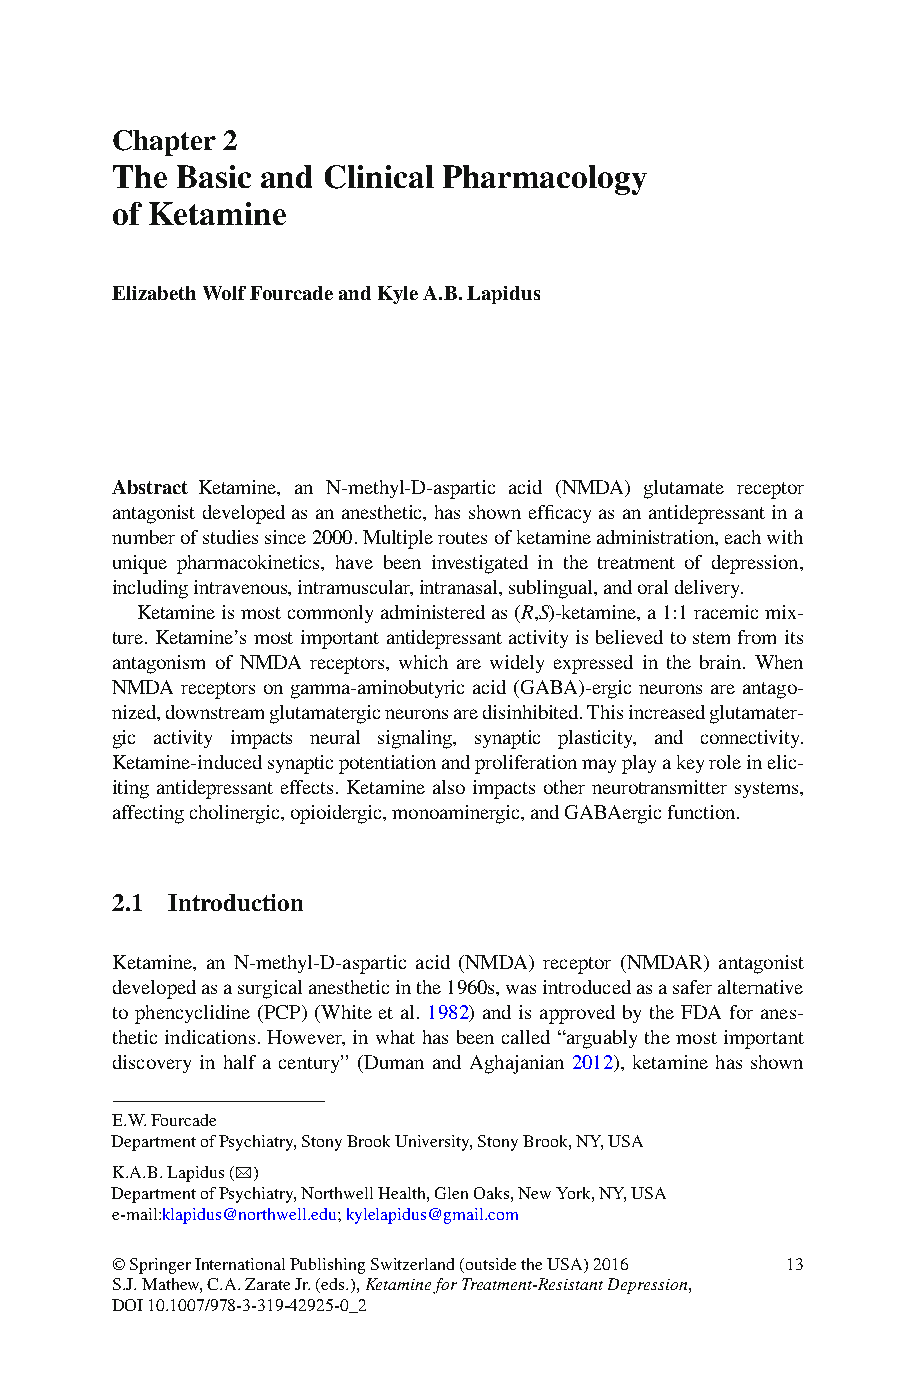
Chapter 2
 The  Basic and Clinical Pharmacology
 of Ketamine
 Elizabeth Wolf Fourcade and Kyle A. B. Lapidus
 Abstract Ketamine, an N-methyl-D-aspartic acid (NMDA) glutamate receptor
 antagonist developed as an anesthetic, has shown effi cacy as an antidepressant in a
 number of studies since 2000. Multiple routes of ketamine administration, each with
 unique pharmacokinetics, have been investigated in the treatment of depression,
 including intravenous, intramuscular, intranasal, sublingual, and oral delivery.
 K etamine is most commonly administered as (R , S) -ketamine, a 1:1 racemic mix-
 ture. Ketamine’s most important antidepressant activity is believed to stem from its
 antagonism of NMDA receptors, which are widely expressed in the brain. When
 NMDA receptors on gamma-aminobutyric acid (GABA)-ergic neurons are antago-
 nized, downstream glutamatergic neurons are disinhibited. This increased glutamater-
 gic activity impacts neural signaling, synaptic plasticity, and connectivity.
 Ketamine-induced synaptic potentiation and proliferation may play a key role in elic-
 iting antidepressant effects. Ketamine also impacts other neurotransmitter systems,
 affecting cholinergic, opioidergic, monoaminergic, and GABAergic function.
 2.1 Introduction
 K etamine, an N-methyl-D-aspartic acid (NMDA) receptor (NMDAR) antagonist
 developed as a surgical anesthetic in the 1960s, was introduced as a safer alternative
 to phencyclidine (PCP) (White et al. 1 982) and is approved by the FDA for anes-
 thetic indications. However, in what has been called “arguably the most important
 discovery in half a century” (Duman and Aghajanian 2 012 ), ketamine has shown
 E. W. Fourcade
 Department of Psychiatry , Stony Brook University , Stony Brook , NY , USA
 K. A. B. Lapidus (*)
 Department of Psychiatry , Northwell Health , Glen Oaks , New York, NY , USA
 e-mail:klapidus@northwell.edu; kylelapidus@gmail.com
 © Springer International Publishing Switzerland (outside the USA) 2016 13
 S.J. Mathew, C.A. Zarate Jr. (eds.), Ketamine for Treatment-Resistant Depression,
 DOI 10.1007/978-3-319-42925-0_2